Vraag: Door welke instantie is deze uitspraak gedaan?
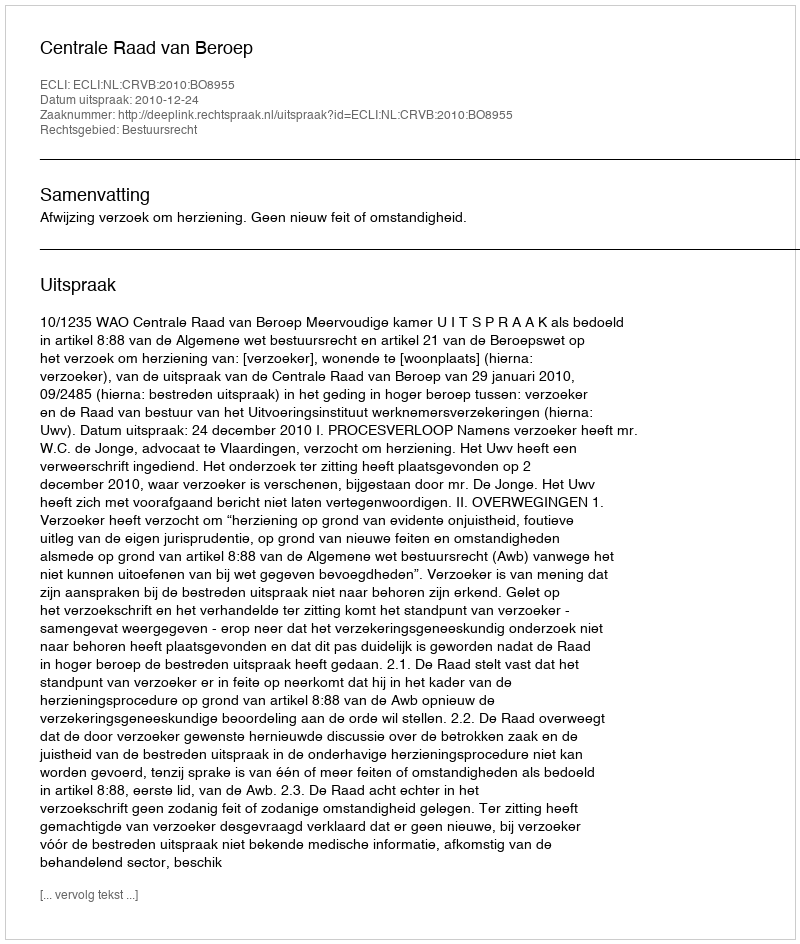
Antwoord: Centrale Raad van Beroep